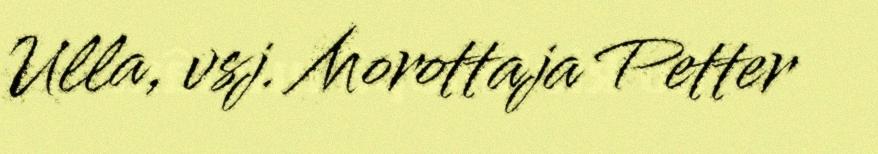
Ulla, vsj. Morottaja Petter